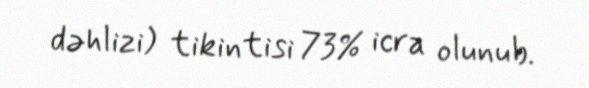
dəhlizi) tikintisi 73% icra olunub.